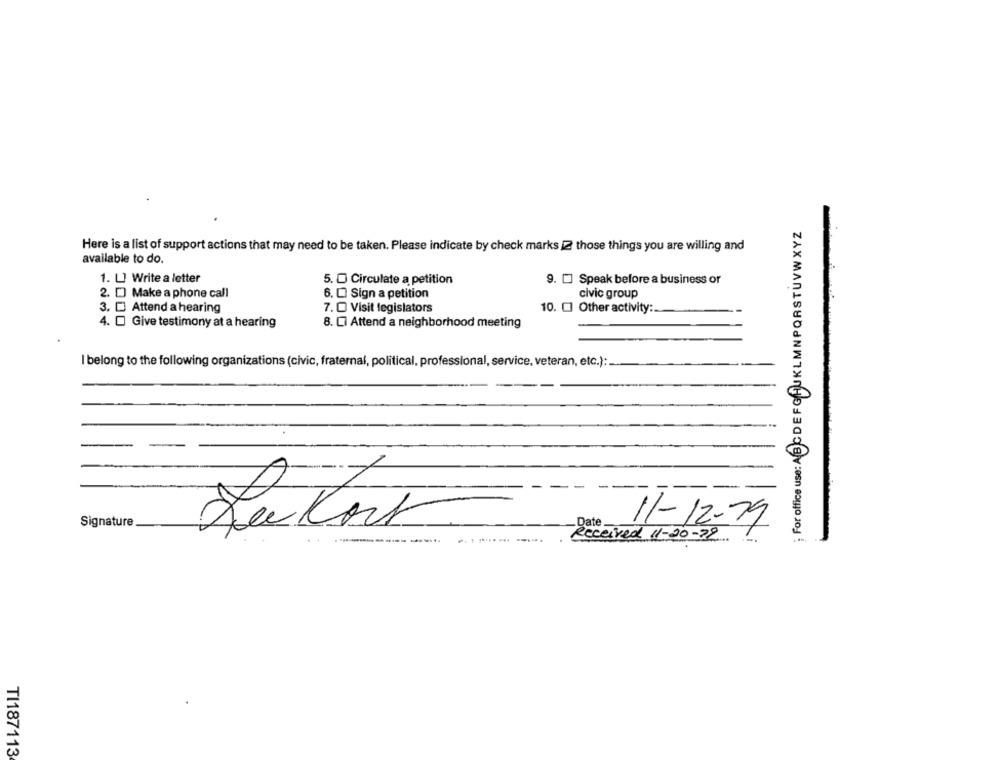
; For office use : A B C D E F G J K L M N P Q R S T U V W X Y Z
Here is a list of support actions that may need to be taken. Please indicate by check marks 2 those things you are willing and
available to do.
1. L) Write a letter
5. O Circulate a petition
9. [] Speak before a business or
2. [ Make a phone call
6. [ Sign a petition
civic group
3. [ Attend a hearing
7. O Visit legislators
10. [] Other activity :.
4. O Give testimony at a hearing
8. CI Attend a neighborhood meeting
I belong to the following organizations (civic, fraternal, political, professional, service, veteran, etc.):
Signature
Date
11-12-19
Received 11-20-22
TI187113